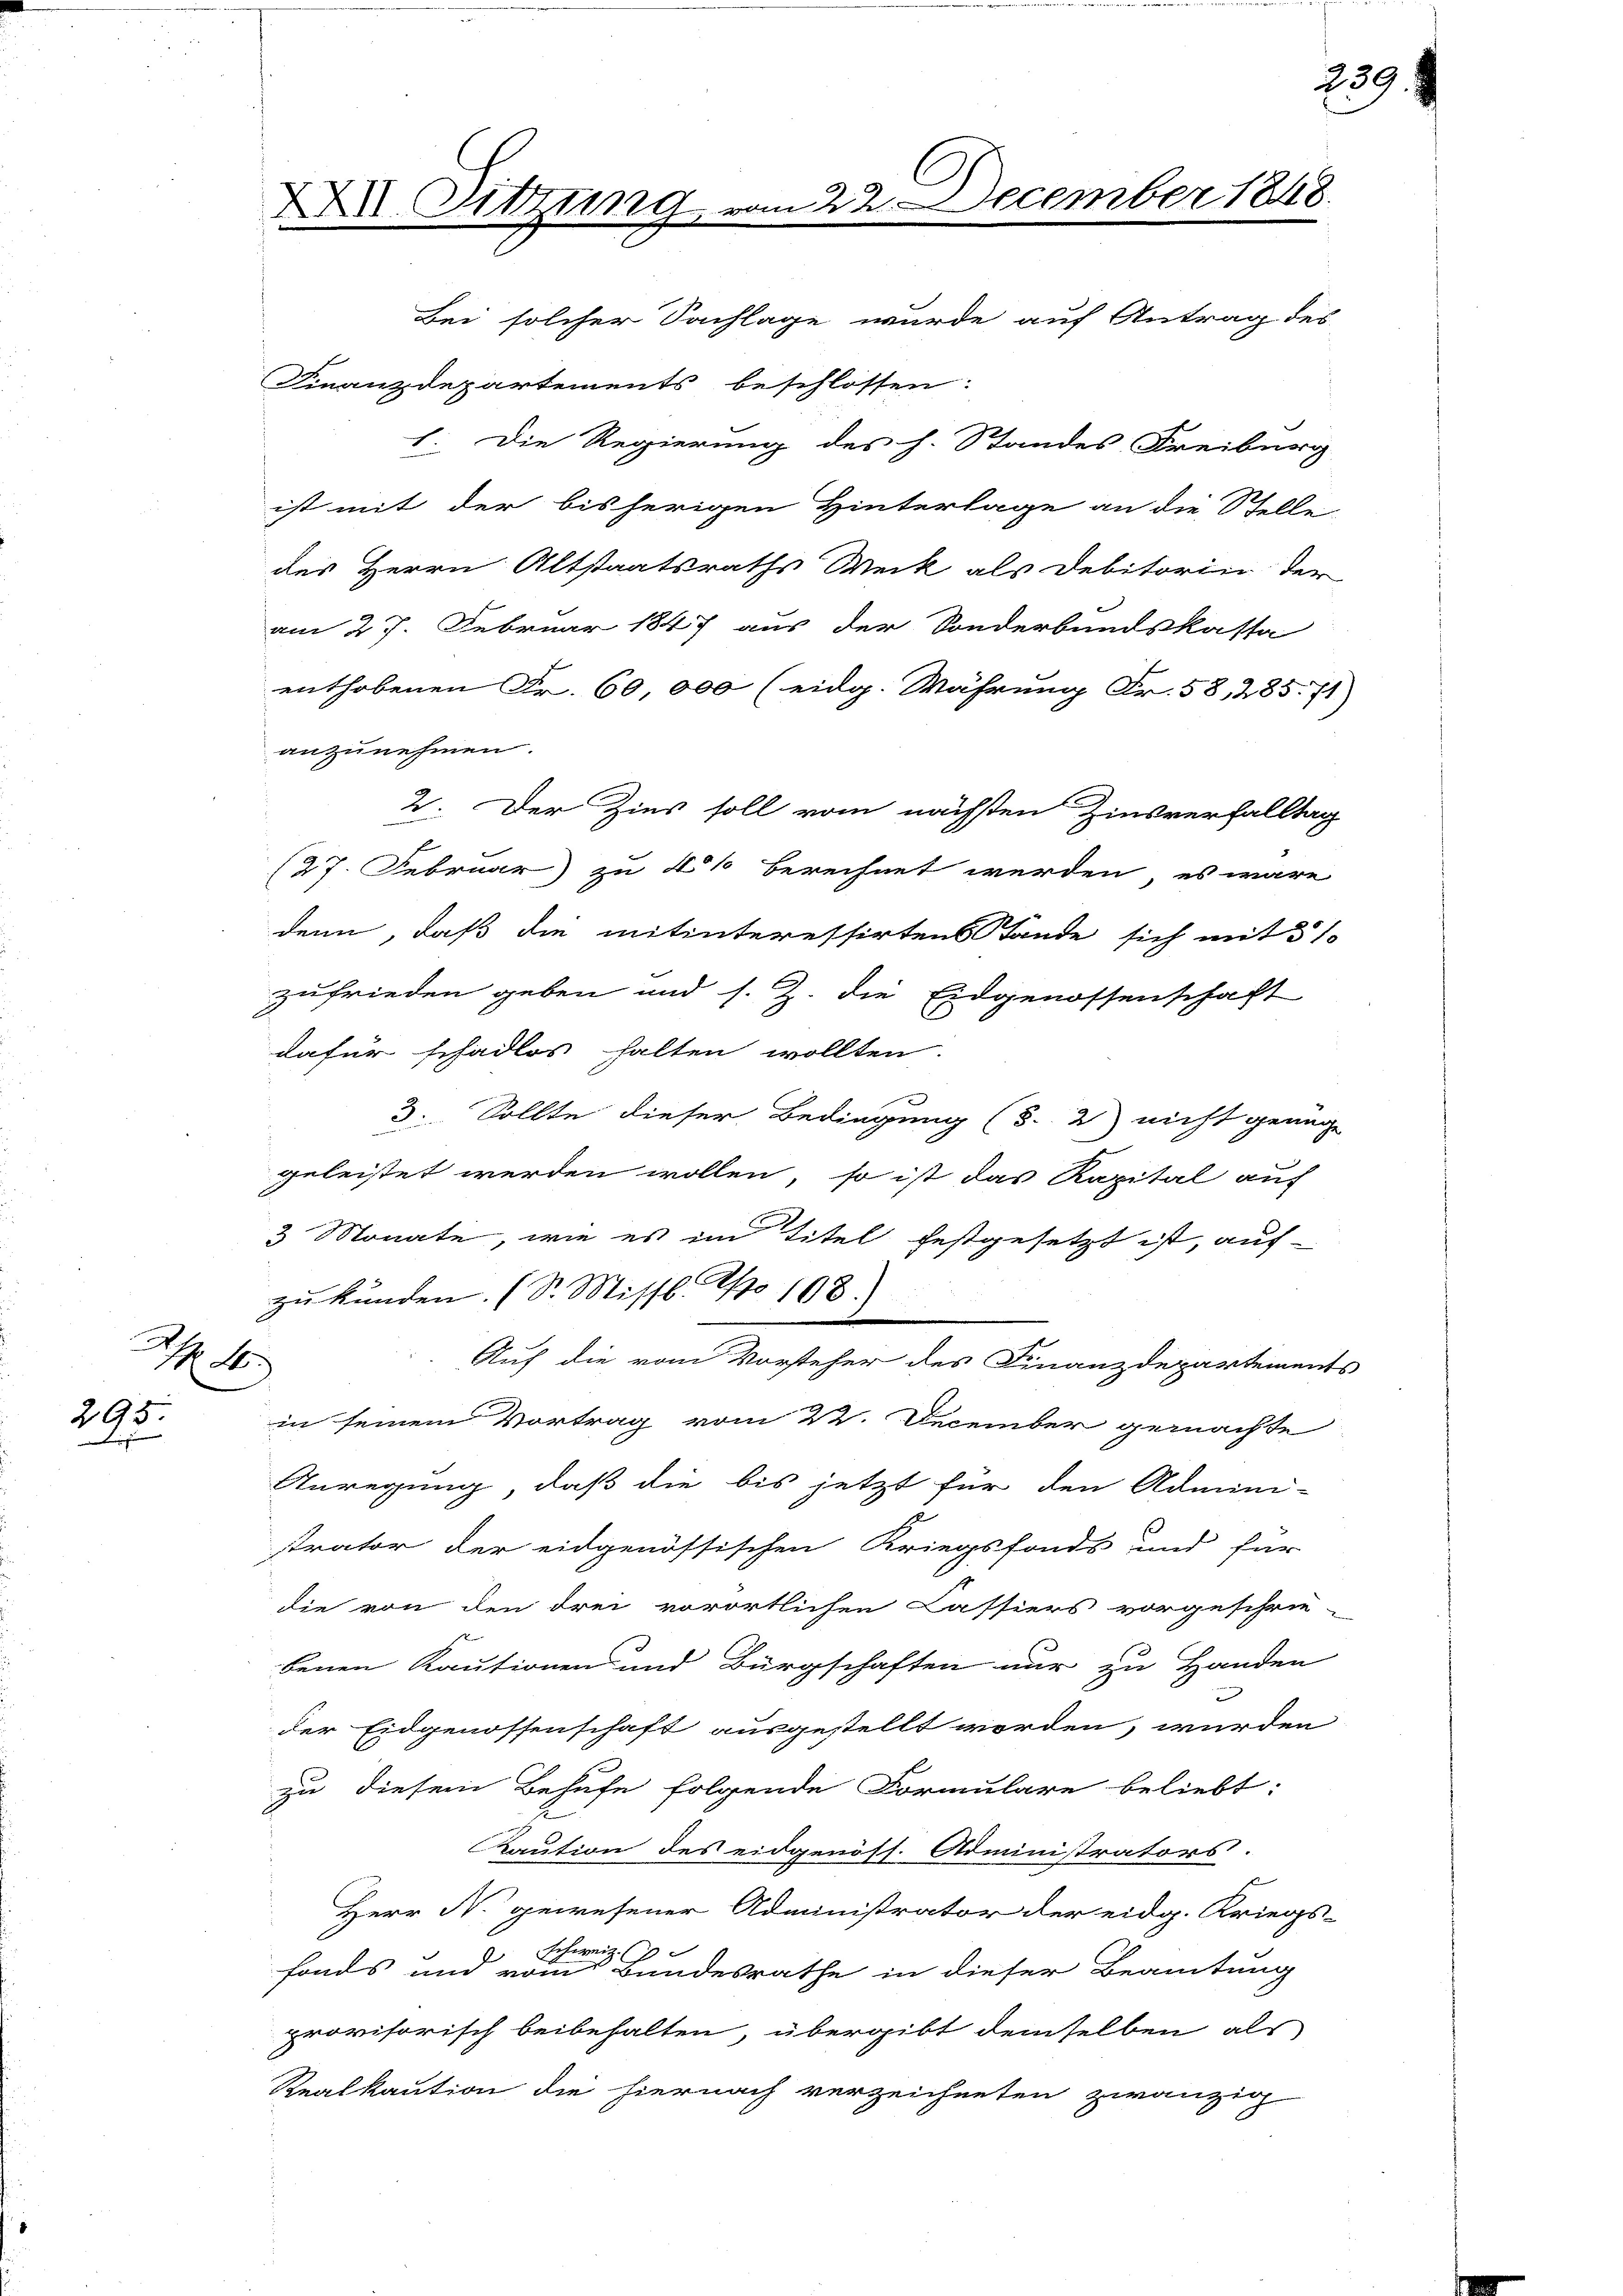
A

295.
u

XXI Sitzung vom 22. December 1848.

1. Die Regierung des h. Standes Freiburg

Bei solcher Sachlage wurde auf Antrag des
Finanzdepartements beschlossen:
ist mit der bisherigen Hinterlage an die Stelle
des Herrn Altstaatsraths Meck als Debitorin der
am 27. Februar 1847 aus der Sonderbundskassa
enthobenen Fr. 60,000 (eidg. Währung Fr. 58, 285. 71
anzunehmen.
2. Der Zins soll vom nächsten Zinsverfalltag
(27. Februar zu 4% berechnet werden, es wäre
denn, daß die mitinteressirtens Lande sich mit 510
zufrieden geben und s. Z. die Eidgenossenschaft
dafür schadlos halten wollten.
2. Sollte dieser Bedingung (3. 2) nicht genüge
geleistet werden wollen, so ist das Kapital auf
3 Monate, wie es im Titel festgesetzt ist, auf
zu kunden. (S. Missl. No 108.)
Auf die vom Vorsteher des Finanzdepartements
in seinem Vortrag vom 22. December gemachte
Anregung, daß die bis jetzt für den Admini-
E
strator der eidgenössischen Kriegsfonds und für
die von den drei vorörtlichen Cassiers vorgeschrie-
benen Kautionen und Bürgschaften nur zu Handen
der Eidgenossenschaft ausgestellt worden, wurden
zu diesem Behufe folgende Formulare beliebt:
Kaution des eidgenöss. Administrators.
Herr N. gewesener Administrator der eidg. Kriegs-
schweiz.
fonds und vom Bundesrathe in dieser Beamtung
provisorisch beibehalten, übergibt demselben als
Realkaution die hiernach verzeichneten zwanzig

239